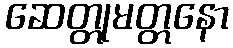
ဆေတ္တုမတ္တနော